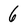
Character: 6